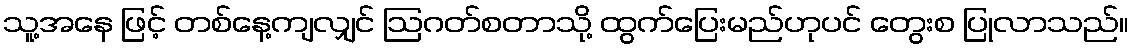
သူ့အနေ ဖြင့် တစ်နေ့ကျလျှင် ဩဂတ်စတာသို့ ထွက်ပြေးမည်ဟုပင် တွေးစ ပြုလာသည်။